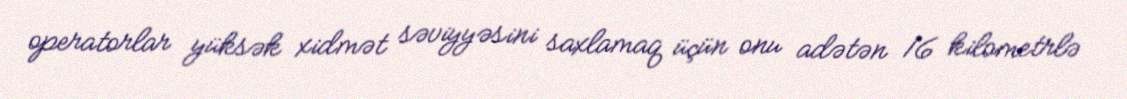
operatorlar yüksək xidmət səviyyəsini saxlamaq üçün onu adətən 16 kilometrlə